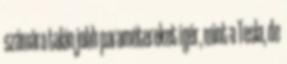
számára talán jobb paramétereket ígér, mint a Tesla, de